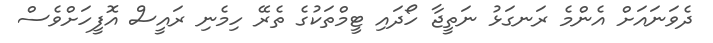
ދެވަނައަށް އެންމެ ރަނގަޅު ނަތީޖާ ހޯދައި ޓީމްތަކުގެ ތެރޭ ހިމެނި ރައީސް އޮފީހަށްވެސް